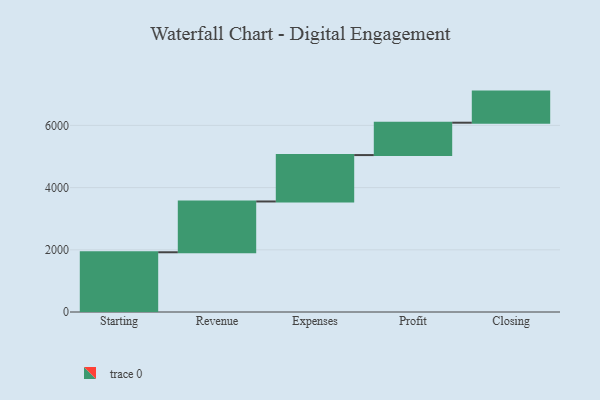
{"axis": {"x": "Step", "y": "Value"}, "legend": [""], "data": [{"x": "Starting", "y": 1921.0, "type": ""}, {"x": "Revenue", "y": 1633.0, "type": ""}, {"x": "Expenses", "y": 1492.0, "type": ""}, {"x": "Profit", "y": 1041.0, "type": ""}, {"x": "Closing", "y": 1000, "type": ""}]}